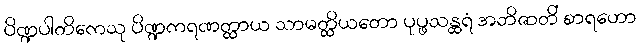
ပိဏ္ဍပါတိကေသု ပိဏ္ဍကရဏတ္ထာယ သာမတ္ထိယတော ပုပ္ဖသန္ထရံ အဘိဇာတိံ စာရဟော